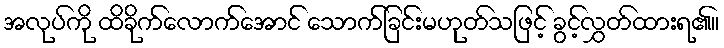
အလုပ်ကို ထိခိုက်လောက်အောင် သောက်ခြင်းမဟုတ်သဖြင့် ခွင့်လွှတ်ထားရ၏။